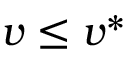
v \leq v ^ { * }